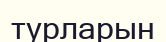
турларын